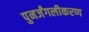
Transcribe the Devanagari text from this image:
पुनर्जंगलीकरण